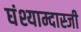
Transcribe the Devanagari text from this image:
घंश्याम्दास्जी